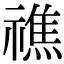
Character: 𥛲